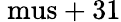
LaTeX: \mathrm{\ mus}+31